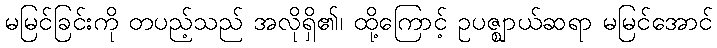
မမြင်ခြင်းကို တပည့်သည် အလိုရှိ၏၊ ထို့ကြောင့် ဥပဇ္ဈာယ်ဆရာ မမြင်အောင်